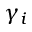
\gamma _ { i }